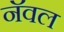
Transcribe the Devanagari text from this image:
नॅवल